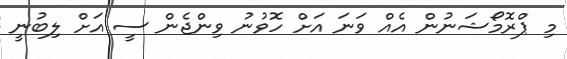
މި ޕްރޮމޯޝަނުން އެއް ވަނަ އަށް ހޮވުނު ވިންޖެން ސީ އަށް ލިބުނީ